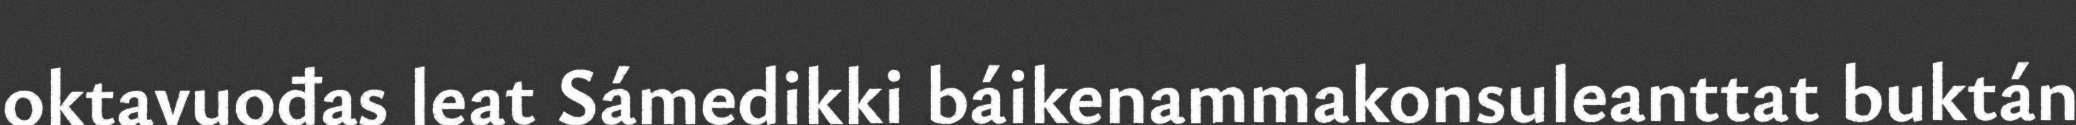
oktavuođas leat Sámedikki báikenammakonsuleanttat buktán